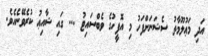
އަދި މަޢުލޫމާތު ސެޝަނަށްފަހު މި އޮފީހުގެ ވެބްސައިޓު ... ގައި ޝާއިޢު ކުރެވޭނެއެވެ.